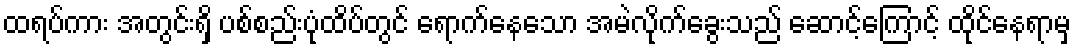
ထရပ်ကား အတွင်းရှိ ပစ်စည်းပုံထိပ်တွင် ရောက်နေသော အမဲလိုက်ခွေးသည် ဆောင့်ကြောင့် ထိုင်နေရာမှ